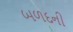
બળદની